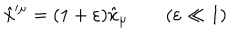
LaTeX: \hat { x } ^ { \prime \mu } = ( 1 + \varepsilon ) \hat { x } _ { \mu } \qquad ( \varepsilon \ll 1 )